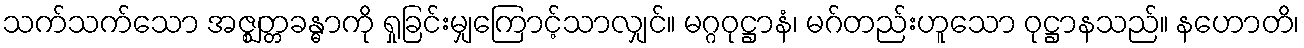
သက်သက်သော အဇ္ဈတ္တခန္ဓာကို ရှုခြင်းမျှကြောင့်သာလျှင်။ မဂ္ဂဝုဋ္ဌာနံ၊ မဂ်တည်းဟူသော ဝုဋ္ဌာနသည်။ နဟောတိ၊